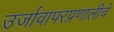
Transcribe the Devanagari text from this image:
उर्जावापरप्रणालीचे